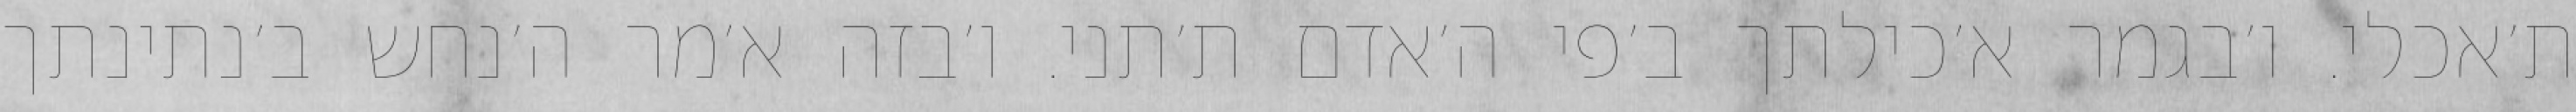
ת׳אכלי. ו׳בגמר א׳כילתך ב׳פי ה׳אדם ת׳תני. ו׳בזה א׳מר ה׳נחש ב׳נתינתך